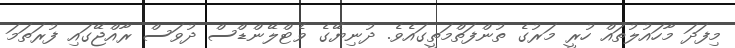
މިފަދަ މާހައުލުތައް ހުރީ މަރުގެ ތުންފަތްމަތީގައެވެ. ދުނިޔޭގެ ވެޓްލޭންޑްސް ދުވަސް ރާއްޖޭގައި ފުރަތަމަ